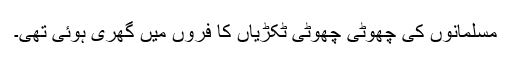
مسلمانوں کی چھوٹی چھوٹی ٹکڑیاں کا فروں میں گھری ہوئی تھی۔